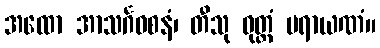
အထော အာသင်္ဂဝစနံ၊ တီသု ဝုတ္တံ ပရာယဏံ။